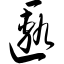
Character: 匦